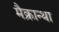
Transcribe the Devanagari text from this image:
मैक्रान्था